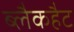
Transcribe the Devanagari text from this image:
ब्लैकहैट